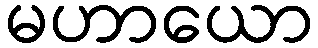
မဟာယော